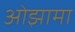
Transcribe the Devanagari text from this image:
ओझामा